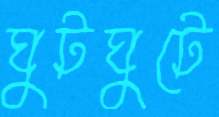
ঘুটঘুটে